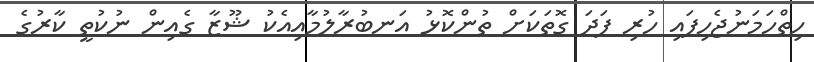
ހިތްހަމަނުޖެހިފައި ހުރި ފަދަ ގޮތަކަށް ތުންކޮޅު އަނބުރާލުމާއިއެކު ޝޫޒާ ގެއިން ނުކުތީ ކާރުގެ